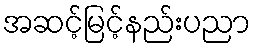
အဆင့်မြင့်နည်းပညာ